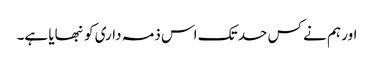
اور ہم نے کس حد تک اس ذمہ داری کو نبھایا ہے۔